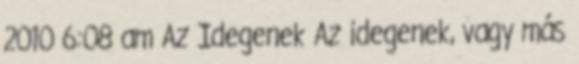
2010 6:08 am Az Idegenek Az idegenek, vagy más